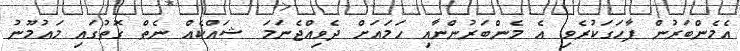
އެމެންބަރުން ފާހަގަކުރެވި އެ މެންބަރުންނާއި ހަމައަށް ދެވިއްޖެނަމަ ޝައްކެއް ނެތް ގޮތުގައި މައުމޫނު